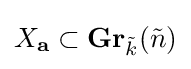
X_{\mathbf {a} }\subset \mathbf {Gr} _{\tilde {k}}({\tilde {n}})